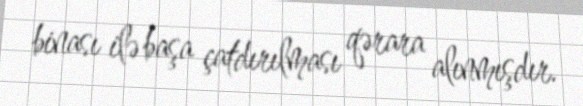
binası ilə başa çatdırılması qərara alınmışdır.